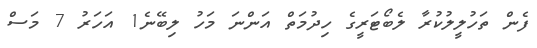
ފެން ތަހުލީލުކުރާ ލެބޯޓަރީގެ ހިދުމަތް އަންނަ މަހު ލިބޭނެ1 އަހަރު 7 މަސް